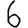
Digit: 6